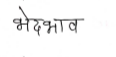
मजकूर: भेदभाव